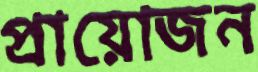
প্রায়োজন